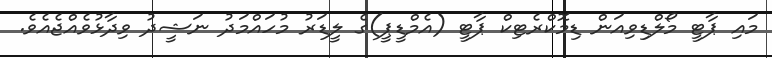
މައި ޕާޓީ މޯލްޑިވިއަން ޑިމޮކްރެޓިކް ޕާޓީ (އެމްޑީޕީ)ގެ ލީޑަރު މުހައްމަދު ނަޝީދު ވިދާޅުވެއްޖެއެވެ.